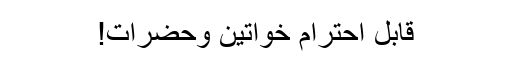
قابل احترام خواتین وحضرات!